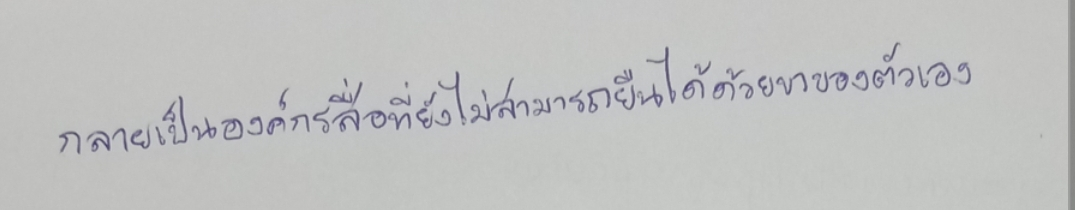
กลายเป็นองค์กรสื่อที่ยังไม่สามารถยืนได้ด้วยขาของตัวเอง